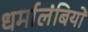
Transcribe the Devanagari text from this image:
धर्मालंबियों